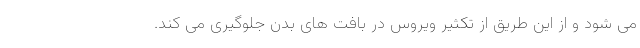
می شود و از این طریق از تکثیر ویروس در بافت های بدن جلوگیری می کند.